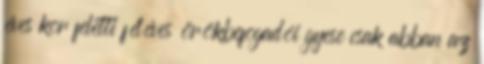
éves kor feletti féléves örökbefogadói gyese csak abban az